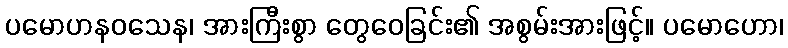
ပမောဟနဝသေန၊ အားကြီးစွာ တွေဝေခြင်း၏ အစွမ်းအားဖြင့်။ ပမောဟော၊